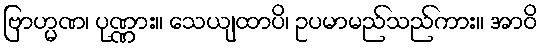
ဗြာဟ္မဏ၊ ပုဏ္ဏား။ သေယျထာပိ၊ ဥပမာမည်သည်ကား။ အာဝိ